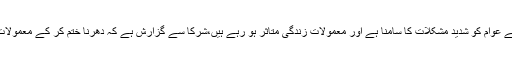
انہوں نے کہا کہ دھرنے سے عوام کو شدید مشکلات کا سامنا ہے اور معمولات زندگی متاثر ہو رہے ہیں،شرکا سے گزارش ہے کہ دھرنا ختم کر کے معمولات زندگی کو چلنے دیا جائے